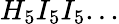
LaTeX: H_{5}I_{5}I_{5}...